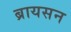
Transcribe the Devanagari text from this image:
ब्रायसन